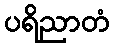
ပရိညာတံ